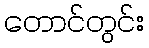
တောင်တွင်း